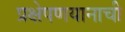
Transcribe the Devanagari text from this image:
प्रक्षेपणयानाची